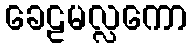
ခေဠမလ္လကော